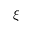
\xi